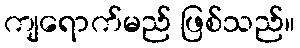
ကျရောက်မည် ဖြစ်သည်။